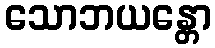
သောဘယန္တော